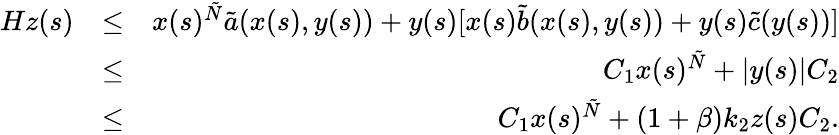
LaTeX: \begin{array}{rlr}{Hz(s)}&{\leq}&{x(s)^{\tilde{N}}\tilde{a}(x(s),y(s))+y(s)[x(s)\tilde{b}(x(s),y(s))+y(s)\tilde{c}(y(s))]}\\ &{\leq}&{C_{1}x(s)^{\tilde{N}}+|y(s)|C_{2}}\\ &{\leq}&{C_{1}x(s)^{\tilde{N}}+(1+\beta)k_{2}z(s)C_{2}.}\end{array}